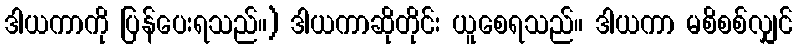
ဒါယကာကို ပြန်ပေးရသည်။) ဒါယကာဆိုတိုင်း ယူစေရသည်။ ဒါယကာ မစိစစ်လျှင်